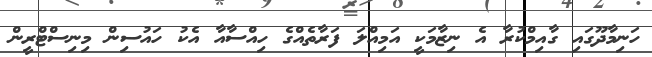
ހަނިމާދޫގައި ގާއިމްކުރާ އެ ނިޒާމަކީ އަމިއްލަ ފަރާތެއްގެ ހިއްސާއާ އެކު ހައުސިން މިނިސްޓްރީން